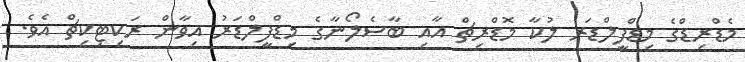
މެޑްރިޑްގެ މިޑްފީލްޑަރ ލުކާ މޮޑްރިޗް އާއި ބާސެލޯނާގެ މިޑްފީލްޑަރު އިވާން ރަކިޓިކިޗް އެވެ.